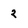
Character: 2